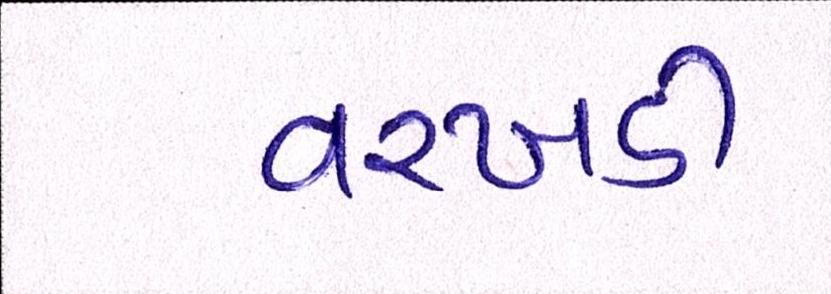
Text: વરખડી